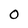
Character: O